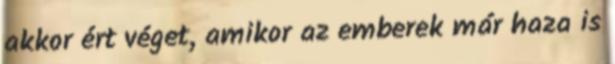
akkor ért véget, amikor az emberek már haza is